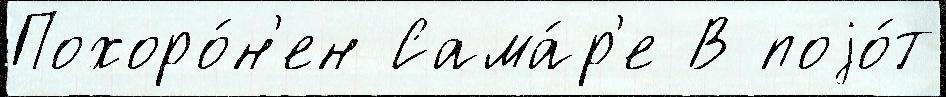
Похоро́н'ен Сама́р'е В поjо́т